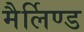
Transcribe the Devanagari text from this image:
मैर्लिण्ड